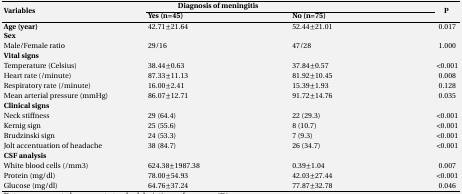
<table><thead><tr><td rowspan="2"><b>Variables</b></td><td colspan="2"><b>Diagnosis of meningitis</b></td><td rowspan="2"><b>P </b></td></tr><tr><td><b>Yes (n=45)</b></td><td><b>No (n=75)</b></td></tr></thead><tbody><tr><td><b>Age (year)</b></td><td>42.71±21.64</td><td>52.44±21.01</td><td>0.017</td></tr><tr><td><b>Sex </b></td><td></td><td></td><td></td></tr><tr><td>Male/Female ratio</td><td>29/16</td><td>47/28</td><td>1.000</td></tr><tr><td><b>Vital signs</b></td><td></td><td></td><td></td></tr><tr><td>Temperature (Celsius)</td><td>38.44±0.63</td><td>37.84±0.57</td><td>˂0.001</td></tr><tr><td>Heart rate (/minute)</td><td>87.33±11.13</td><td>81.92±10.45</td><td>0.008</td></tr><tr><td>Respiratory rate (/minute)</td><td>16.00±2.41</td><td>15.39±1.93</td><td>0.128</td></tr><tr><td>Mean arterial pressure (mmHg)</td><td>86.07±12.71</td><td>91.72±14.76</td><td>0.035</td></tr><tr><td><b>Clinical signs</b></td><td></td><td></td><td></td></tr><tr><td>Neck stiffness </td><td>29 (64.4)</td><td>22 (29.3)</td><td>˂0.001</td></tr><tr><td>Kernig sign</td><td>25 (55.6)</td><td>8 (10.7)</td><td>˂0.001</td></tr><tr><td>Brudzinski sign</td><td>24 (53.3)</td><td>7 (9.3)</td><td>˂0.001</td></tr><tr><td>Jolt accentuation of headache</td><td>38 (84.7)</td><td>26 (34.7)</td><td>˂0.001</td></tr><tr><td><b>CSF analysis</b></td><td></td><td></td><td></td></tr><tr><td>White blood cells (/mm3)</td><td>624.38±1987.38</td><td>0.39±1.04</td><td>0.007</td></tr><tr><td>Protein (mg/dl)</td><td>78.00±54.93</td><td>42.03±27.44</td><td>˂0.001</td></tr><tr><td>Glucose (mg/dl)</td><td>64.76±37.24</td><td>77.87±32.78</td><td>0.046</td></tr></tbody></table>